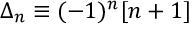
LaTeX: \Delta _ { n } \equiv ( - 1 ) ^ { n } [ n + 1 ]